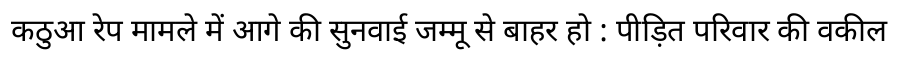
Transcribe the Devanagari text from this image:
कठुआ रेप मामले में आगे की सुनवाई जम्मू से बाहर हो : पीड़ित परिवार की वकील